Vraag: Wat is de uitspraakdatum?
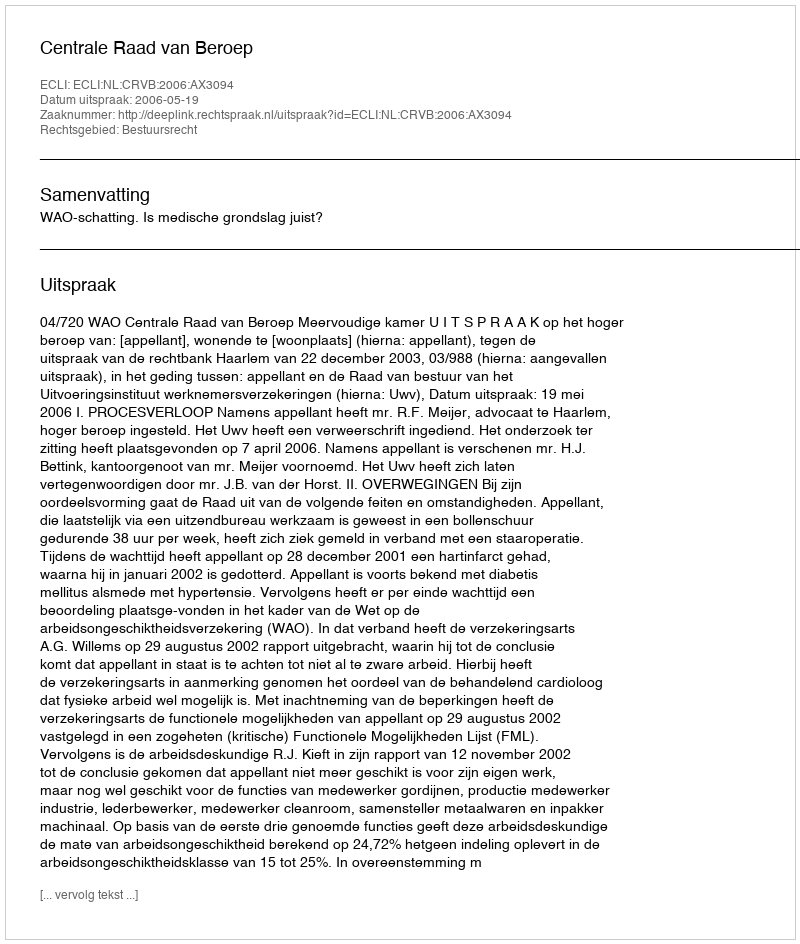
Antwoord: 2006-05-19